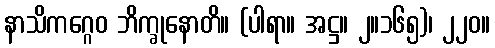
နာသိကဂ္ဂေဝ ဘိက္ခုနောတိ။ (ပါရာ။ အဋ္ဌ။ ၂။၁၆၅)၊ ၂၂၀။